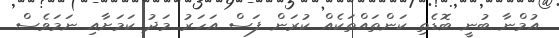
އުމްނާ ބުނީ ބޮޑެތި ކަންތައްތަކެއް ކުރަން ފަސް އަަހަރު މަދު ކަމަށާއި ނަަމަވެސް